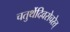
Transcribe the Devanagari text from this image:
चतुर्थेदिवसेचरेत्